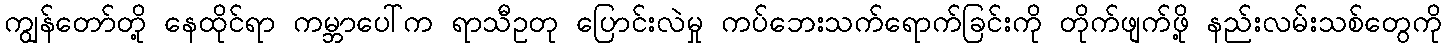
ကျွန်တော်တို့ နေထိုင်ရာ ကမ္ဘာပေါ်က ရာသီဥတု ပြောင်းလဲမှု ကပ်ဘေးသက်ရောက်ခြင်းကို တိုက်ဖျက်ဖို့ နည်းလမ်းသစ်တွေကို